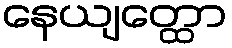
နေယျတ္ထော